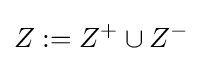
Z:=Z^{+}\cup Z^{-}